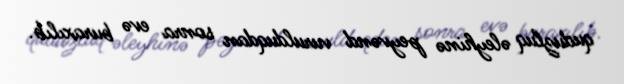
quduzluq əleyhinə peyvənd vurulduqdan sonra evə buraxılıb.